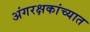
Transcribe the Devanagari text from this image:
अंगरक्षकांच्यात